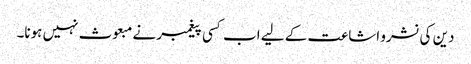
دین کی نشرو اشاعت کے لیے اب کسی پیغمبر نے مبعوث نہیں ہونا۔